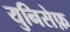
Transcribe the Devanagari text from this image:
युनिसेफ़